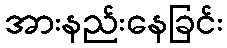
အားနည်းနေခြင်း